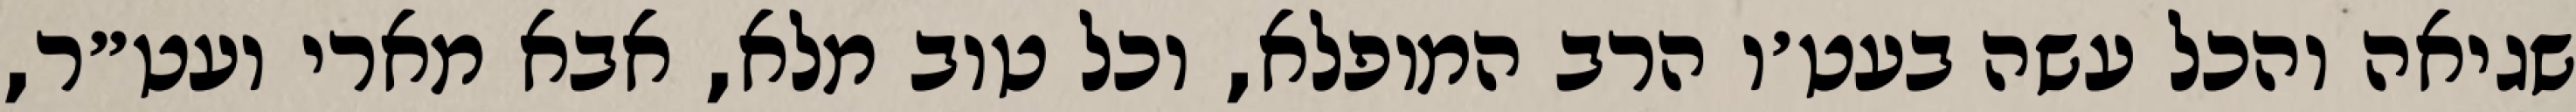
שגיאה והכל עשה בעט׳ו הרב המופלא, וכל טוב מלא, אבא מארי ועט״ר,